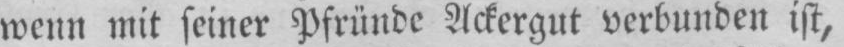
wenn mit seiner Pfründe Ackergut verbunden ist,